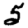
Digit: 5